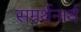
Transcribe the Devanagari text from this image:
सम्रर्थनार्थ